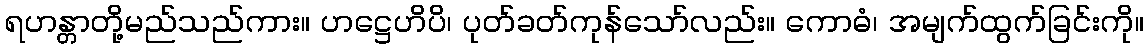
ရဟန္တာတို့မည်သည်ကား။ ဟဋ္ဌေဟိပိ၊ ပုတ်ခတ်ကုန်သော်လည်း။ ကောဓံ၊ အမျက်ထွက်ခြင်းကို။